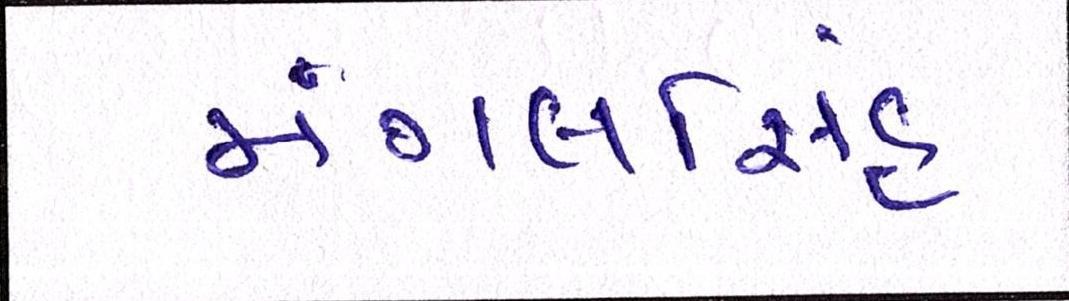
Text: મંગલસિંહ